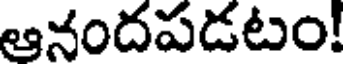
ఆనందపడటం!